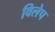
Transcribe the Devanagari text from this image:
विलेप